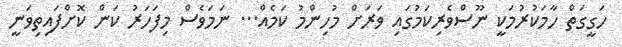
ހަގީގަތް ހާމަކުރުމަކީ ނޫސްވެރިކަމުގައި ވަރަށް މުހިންމު ކަމެއް... ނަމަވެސް މިފަހަރު ކަން ކޮށްފައިތިވަނީ